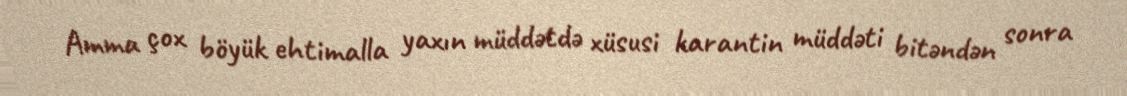
Amma çox böyük ehtimalla yaxın müddətdə xüsusi karantin müddəti bitəndən sonra